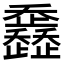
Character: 𣦴